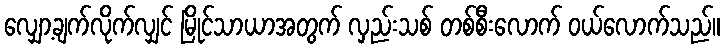
လျှော့ချက်လိုက်လျှင် မြိုင်သာယာအတွက် လှည်းသစ် တစ်စီးလောက် ဝယ်လောက်သည်။